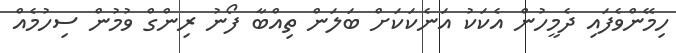
ހިމޭންވެފައި ދެމީހުން އެކަކު އަނެކަކަށް ބަލަން ތިއްބާ ފޯނު ރިންގް ވުމުން ސިހުމެއް